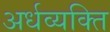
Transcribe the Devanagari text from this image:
अर्धव्यक्ति